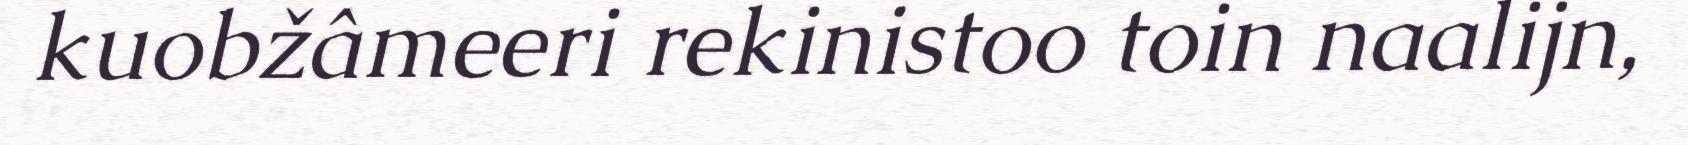
kuobžâmeeri rekinistoo toin naalijn,